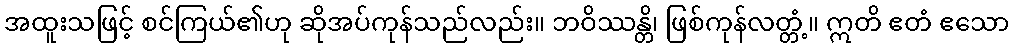
အထူးသဖြင့် စင်ကြယ်၏ဟု ဆိုအပ်ကုန်သည်လည်း။ ဘဝိဿန္တိ၊ ဖြစ်ကုန်လတ္တံ့။ ဣတိ ဧတံ ဧသော